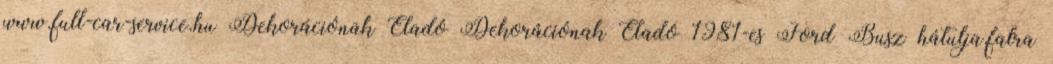
www.full-car-service.hu Dekorációnak Eladó Dekorációnak Eladó 1981-es Ford Busz hátulja,falra